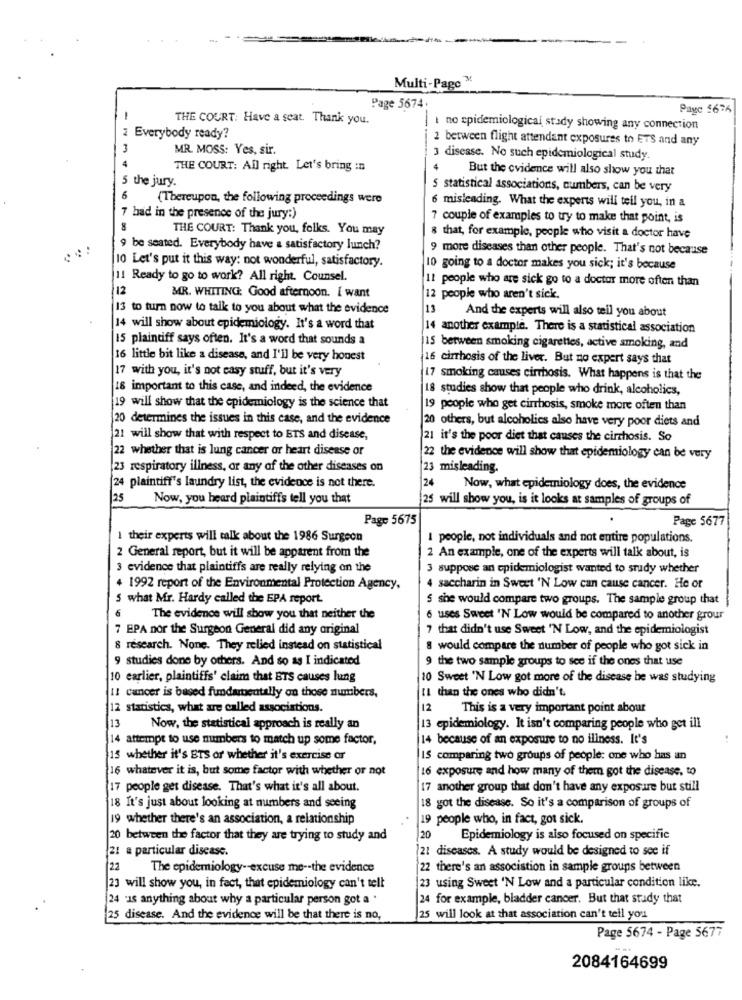
Multi-Page ™
Page 5674.
Paye 1676
THE COURT: Have a seat. Thank you.
I no epidemiological stady showing any connection
2 Everybody ready?
2 between flight attendant exposures to ETS and any
MR. MOSS: Yes, sir.
4
3 disease. No such epidemiological study.
THE COURT: All right. Let's bring in
But the evidence will also show you that
5
the jury.
5 statistical associations, numbers, can be very
6
(Thereupon, the following proceedings were
misleading. What the experts will tell you, in a
7 bad in the presence of the jury:)
7 couple of examples to try to make that point, is
THE COURT: Thank you, folks. You may
8 that, for example, people who visit a doctor have
9 be seated. Everybody have a satisfactory lunch?
9 more diseases than other people. That's not because
10 Let's put it this way: not wonderful, satisfactory.
10 going to a doctor makes you sick; it's because
11 Ready to go to work? All right. Counsel.
11 people who are sick go to a doctor more often than
12
MR. WHITING: Good afternoon. I want
12 people who aren't sick.
13 to turn now to talk to you about what the evidence
13
And the experts will also tell you about
14 will show about epidemiology. It's a word that
14 another example. There is a statistical association
15 plaintiff says often. It's a word that sounds a
15 between smoking cigarettes, active smoking, and
16 little bit like a disease, and I'll be very honest
16 cirrhosis of the liver. But no expert says that
17 with you, it's not easy stuff, but it's very
17 smoking causes cirrhosis. What happens is that the
16 important to this case, and indeed, the evidence
18 studies show that people who drink, alcoholics,
19 will show that the epidemiology is the science that
19 people who get cirrhosis, smoke more often than
20 determines the issues in this case, and the evidence
20 others, but alcoholics also have very poor diets and
21 will show that with respect to BTS and disease,
21 it's the poor diet that causes the cirrhosis. So
22 whether that is lung cancer or heart disease or
22 the evidence will show that epidemiology can be very
23 respiratory illness, or any of the other diseases on
23 misleading.
24 plaintiff's laundry list, the evidence is not there.
24
Now, what epidemiology does, the evidence
25
Now, you heard plaintiffs tell you that
25 will show you, is it looks at samples of groups of
Page 5675
Page 5677
1 their experts will talk about the 1986 Surgeon
I people, not individuals and not entire populations.
2 General report, but it will be apparent from the
2 An example, one of the experts will talk about, is
3 evidence that plaintiffs are really relying on the
3 suppose an epidemiologist wanted to study whether
4 1992 report of the Environmental Protection Agency,
4 saccharin in Sweet 'N Low can cause cancer. He or
5 what Mr. Hardy called the EPA report.
5 she would compare two groups. The sample group that
6
The evidence will show you that neither the
6 uses Sweet 'N Low would be compared to another grour
7 EPA nor the Surgeon General did any original
7 that didn't use Sweet 'N Low, and the epidemiologist
8 research. None. They relied instead on statistical
8 would compare the number of people who got sick in
9 studies done by others. And so as I indicated
9 the two sample groups to see if the ones that use
10 earlier, plaintiffs' claim that ETS causes lung
10 Sweet 'N Low got more of the disease be was studying
IL than the ones who didn't.
11 cancer is based fundamentally on those numbers,
12 statistics, what are called associations.
12
This is a very important point abour
13
Now, the statistical approach is really an
13 epidemiology. It isn't comparing people who get ill
14 attempt to use numbers to match up some factor,
14 because of an exposure to no iliness. It's
15 whether it's BTS or whether it's exercise or
IS comparing two groups of people: one who has an
16 whatever it is, but some factor with whether or not
16 exposure and how many of them got the disease, to
17 people get disease. That's what it's all about.
17 another group that don't have any exposure but still
18 It's just about looking at numbers and seeing
18 got the disease. So it's a comparison of groups of
19 whether there's an association, a relationship
19 people who, in fact, got sick.
20 between the factor that they are trying to study and
20
Epidemiology is also focused on specific
21 a particular disease.
21 diseases. A study would be designed to see if
22
The epidemiology -- excuse me -- the evidence
22 there's an association in sample groups between
23 will show you, in fact, that epidemiology can't tell
23 using Sweet 'N Low and a particular condition like.
24 -is anything about why a particular person got a .
24 for example, bladder cancer. But that study that
25 disease. And the evidence will be that there is no,
25 will look at that association can't tell you
Page 5674 - Page 5677
2084164699